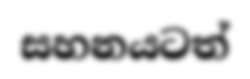
සහනයටත්